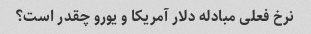
نرخ فعلی مبادله دلار آمریکا و یورو چقدر است؟